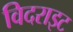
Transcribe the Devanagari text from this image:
विदराइट